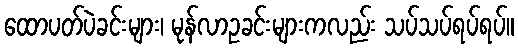
ထောပတ်ပဲခင်းများ၊ မုန်လာဥခင်းများကလည်း သပ်သပ်ရပ်ရပ်။